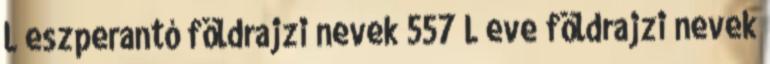
L eszperantó földrajzi nevek‎ 557 L eve földrajzi nevek‎